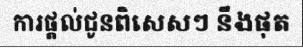
ការផ្តល់ជូនពិសេសៗ នឹងផុត